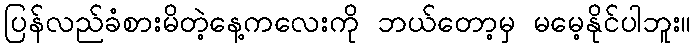
ပြန်လည်ခံစားမိတဲ့နေ့ကလေးကို ဘယ်တော့မှ မမေ့နိုင်ပါဘူး။